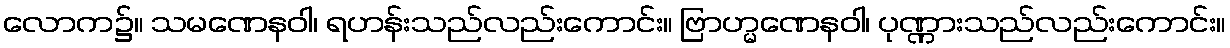
လောက၌။ သမဏေနဝါ၊ ရဟန်းသည်လည်းကောင်း။ ဗြာဟ္မဏေနဝါ၊ ပုဏ္ဏားသည်လည်းကောင်း။